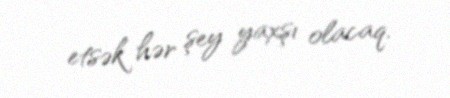
etsək hər şey yaxşı olacaq.